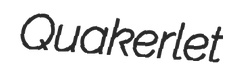
Quakerlet